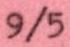
9/5